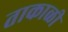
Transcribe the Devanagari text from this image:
ताकाळी